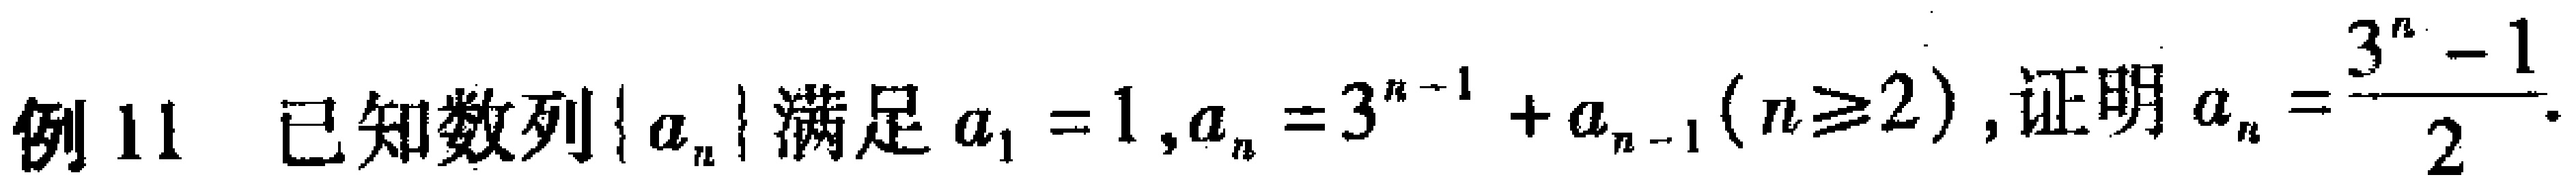
例11 已知数列\(\{ a_{n}\}\)满足\(a_{1}=1,a_{n}=3^{n - 1}+a_{n - 1}(n\geq2)\), 证明\(a_{n}=\frac{3^{n}-1}{2}\)